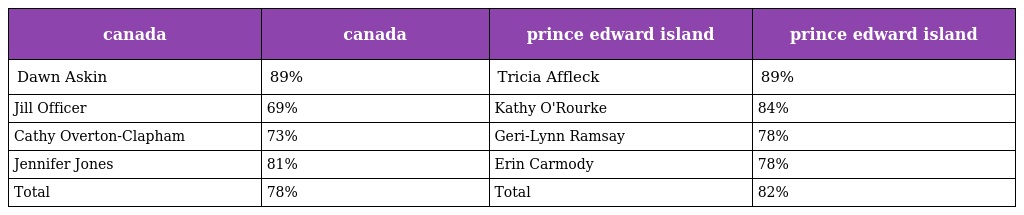
| canada | canada | prince edward island | prince edward island |
 | --- | --- | --- | --- |
 | Dawn Askin | 89% | Tricia Affleck | 89% |
 | Jill Officer | 69% | Kathy O'Rourke | 84% |
 | Cathy Overton-Clapham | 73% | Geri-Lynn Ramsay | 78% |
 | Jennifer Jones | 81% | Erin Carmody | 78% |
 | Total | 78% | Total | 82% |